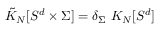
\tilde { K } _ { N } [ S ^ { d } \times \Sigma ] = \delta _ { \Sigma } ~ K _ { N } [ S ^ { d } ]